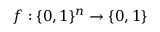
f : \{ 0 , 1 \} ^ { n } \rightarrow \{ 0 , 1 \}